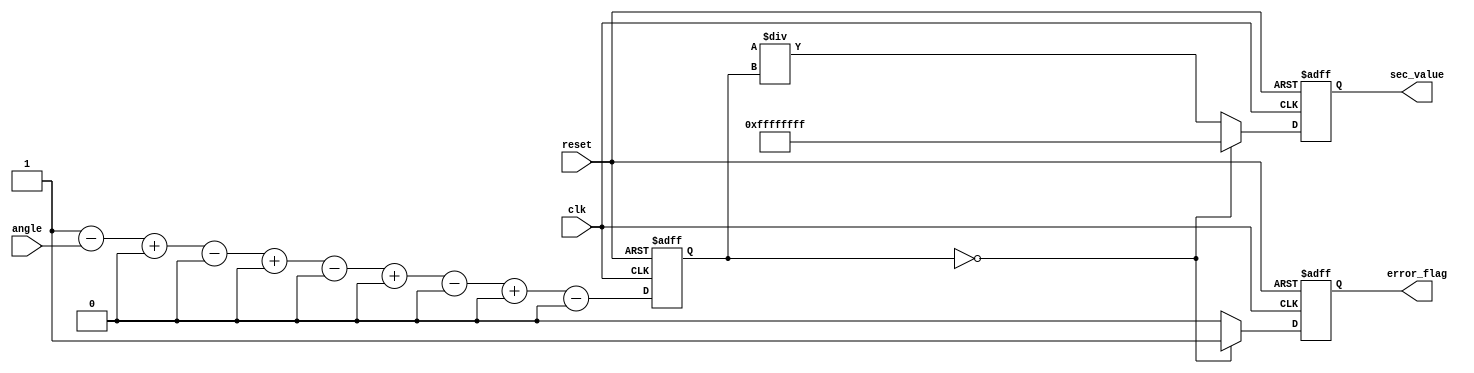
module secant_calculator (
    input wire clk,
    input wire reset,
    input wire [15:0] angle, // Input angle in radians (fixed-point representation)
    output reg [31:0] sec_value, // Output secant value
    output reg error_flag // Error flag for division by zero
);
    // Parameters
    parameter COS_WIDTH = 16; // Width for cosine output
    parameter SEC_WIDTH = 32;  // Width for secant output

    // Intermediate signals
    wire [COS_WIDTH-1:0] cos_value;
    reg [COS_WIDTH-1:0] cos_reg;

    // Cosine Calculation Block (Using Taylor series approximation)
    function [COS_WIDTH-1:0] cosine;
        input [15:0] x;
        // Taylor series approximation for cos(x)
        reg [COS_WIDTH-1:0] cos_x;
        reg [COS_WIDTH-1:0] term;
        integer n;
        begin
            cos_x = 16'h0001; // cos(0) = 1
            term = x; // Initialize first term as x (in radians)

            for (n = 1; n < 10; n = n + 1) begin
                if (n % 2 == 1) begin
                    cos_x = cos_x - term; // Odd terms are subtracted
                end else begin
                    cos_x = cos_x + term; // Even terms are added
                end
                term = (term * x * x) >>> 16; // x^2/n! (using shifting for fixed point)
            end
            
            cosine = cos_x;
        end
    endfunction

    // Reciprocation Block
    function [SEC_WIDTH-1:0] reciprocal;
        input [COS_WIDTH-1:0] cos_val;
        begin
            if (cos_val == 0) begin
                reciprocal = 32'hFFFFFFFF; // Represents "infinity" (error case)
            end else begin
                reciprocal = (1 << SEC_WIDTH) / cos_val; // Fixed-point division
            end
        end
    endfunction

    // Main Processing Block
    always @(posedge clk or posedge reset) begin
        if (reset) begin
            sec_value <= 32'd0;
            error_flag <= 1'b0;
            cos_reg <= 16'd0;
        end else begin
            // Calculate cosine of the input angle
            cos_reg <= cosine(angle);

            // Check for division by zero
            if (cos_reg == 0) begin
                error_flag <= 1'b1;
                sec_value <= 32'hFFFFFFFF; // Assign "infinity" on error
            end else begin
                error_flag <= 1'b0;
                sec_value <= reciprocal(cos_reg); // Calculate secant
            end
        end
    end

endmodule